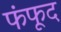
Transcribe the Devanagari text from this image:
फंफूद